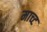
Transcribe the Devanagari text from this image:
माच्ट